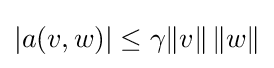
|a(v,w)|\leq \gamma \|v\|\,\|w\|